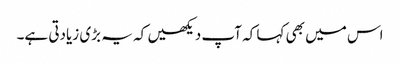
اس میں بھی کہا کہ آپ دیکھیں کہ یہ بڑی زیادتی ہے۔